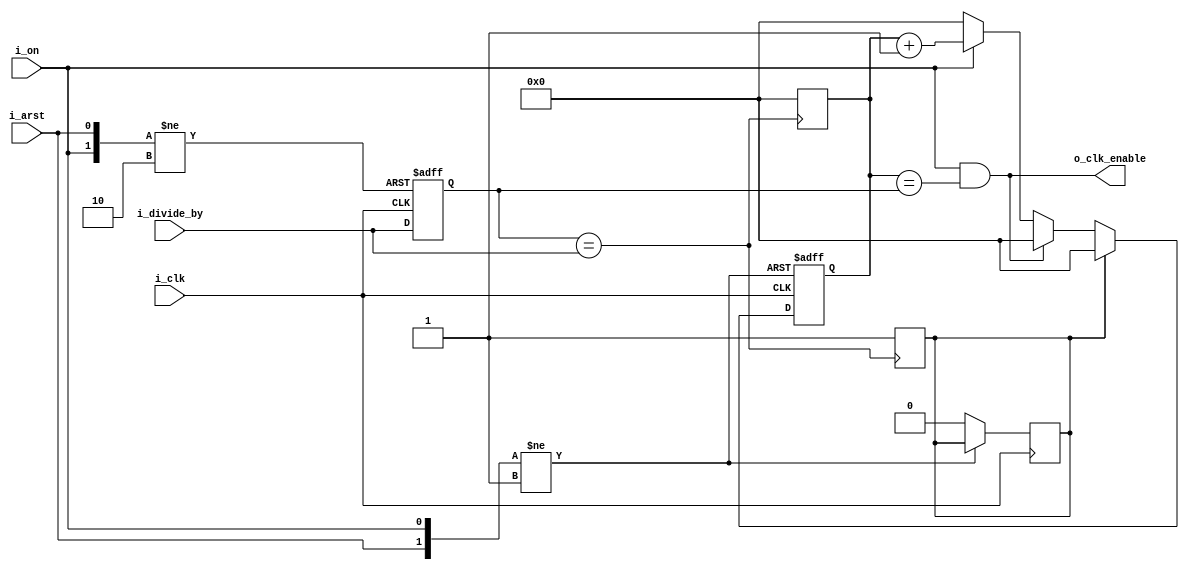
module clk_prescaler(i_clk, i_arst, i_on, i_divide_by, o_clk_enable);

input i_clk;							// CLOCK_50, 50MHz system clock on Altera DE2 FPGA board, for example
input i_arst;							// Reset signal
input i_on;							// Count & work enable signal from CONFIG.ON bit (CONFIG[0])
input [6:0] i_divide_by;					// By 1, 2, 4, 8, 16, 32, 64 or 128
output o_clk_enable;						// Output "allow CLK" signal for clock gating

reg [6:0] counter;						// 128 possible states, counting from 0 to 127 - main counter		
reg [6:0] buffer;						// Buffer for input divide value (i_divide_by)			

assign o_clk_enable = (i_on & (counter == buffer));		// Output signal generation

always @(posedge i_clk, posedge i_arst, negedge i_on) begin
	if(i_arst) begin
		buffer <= {7{1'b0}};				// Clear buffer after reset
	end else if(~i_on) begin
		buffer <= {7{1'b0}};				// Clear buffer, if i_on == 0
	end else begin
		buffer <= i_divide_by;				// Save current i_divide_by value into the buffer
	end
end

wire is_not_changed;
assign is_not_changed = (buffer == i_divide_by);		// Checking the change of i_divide_by value between the edges of the i_clk signal
																
reg is_not_changed_state;					// We need to save is_not_changed change event to the flip-flop

always @(negedge is_not_changed) begin			
	is_not_changed_state <= 1'b1;
	counter <= {7{1'b0}};					// If we want to clear the counter immediately after the change of i_divide_by value, between the edges of i_clk
end				

always @(posedge i_clk, posedge i_arst, negedge i_on) begin
	if(i_arst) begin
		counter <= {7{1'b0}};
	end else if(~i_on) begin
		counter <= {7{1'b0}};				// Immediately cleaning of counter after the negative edge of the i_on input signal
	end else if(is_not_changed_state) begin		
		counter <= {7{1'b0}};			
		is_not_changed_state <= 1'b0;		
	end else begin
		if(o_clk_enable) begin			
			counter <= {7{1'b0}};
		end else begin
			if(i_on) begin				// To prevent useless counter iteration
				counter <= counter + 1'b1;	// Iteration only when posedge i_clk and i_on == 1 at the same time
			end else begin
				counter <= {7{1'b0}};		// If i_on != 1, we should clean counter 
			end
		end
	end
end
endmodule